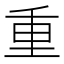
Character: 重